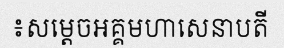
៖សម្តេចអគ្គមហាសេនាបតី